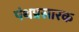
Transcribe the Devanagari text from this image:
पंथप्रसारक